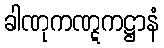
ခါဏုကဏ္ဋကဋ္ဌာနံ